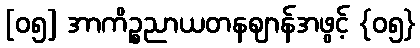
[၀၅] အာကိဉ္စညာယတနဈာန်အဖွင့် {၀၅}